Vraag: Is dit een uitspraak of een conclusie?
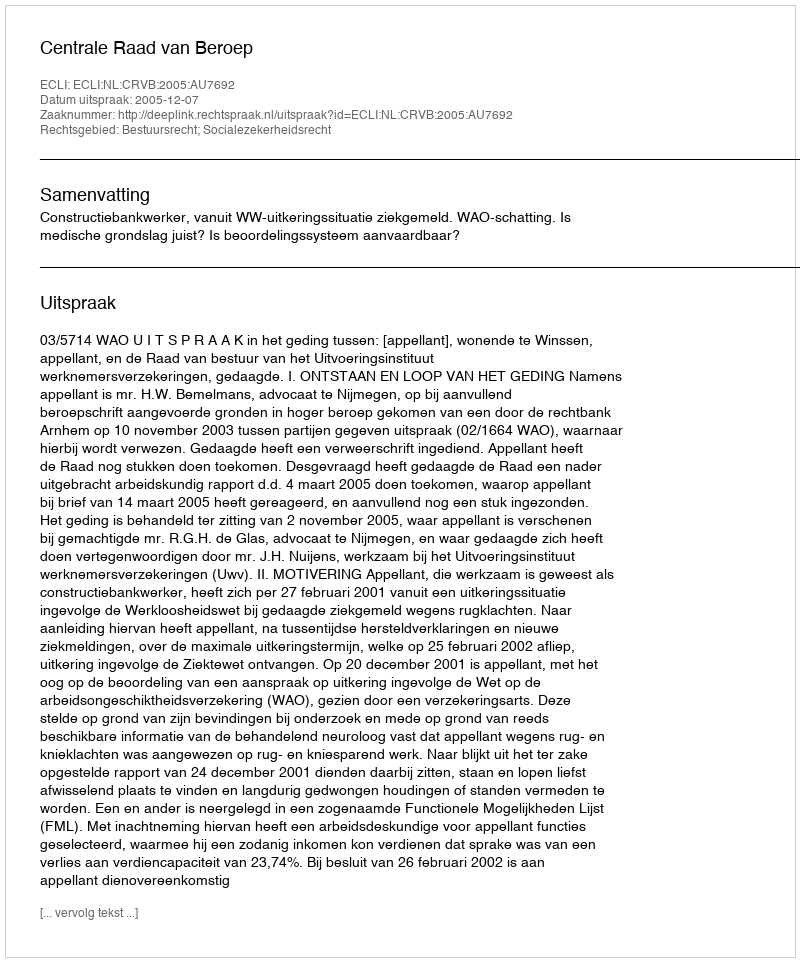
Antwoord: Uitspraak